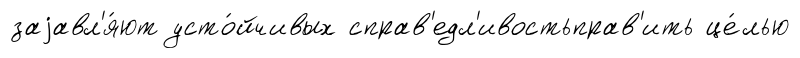
заjавл'я́ют усто́йчивых справ'едл'ивостьправ'ить це́лью